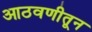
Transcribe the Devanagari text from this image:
आठवणीतून